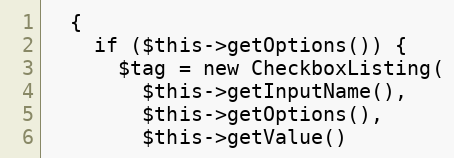
Language: PHP
  {
    if ($this->getOptions()) {
      $tag = new CheckboxListing(
        $this->getInputName(),
        $this->getOptions(),
        $this->getValue()